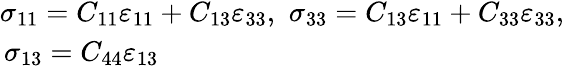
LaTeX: \begin{array}{r}{\sigma_{11}=C_{11}\varepsilon_{11}+C_{13}\varepsilon_{33},\, \, \sigma_{33}=C_{13}\varepsilon_{11}+C_{33}\varepsilon_{33},}\\ {\sigma_{13}=C_{44}\varepsilon_{13}\qquad\qquad\qquad\qquad\qquad\qquad\qquad\, \, }\end{array}